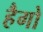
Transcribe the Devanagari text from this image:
हैगो